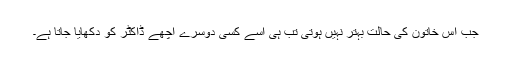
جب اس خاتون کی حالت بہتر نہیں ہوتی تب ہی اسے کسی دوسرے اچھے ڈاکٹر کو دکھایا جاتا ہے۔